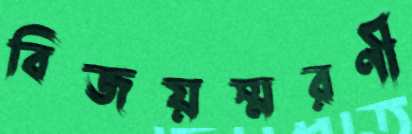
বিজয়স্মরণী